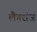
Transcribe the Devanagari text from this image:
लैगरांज